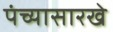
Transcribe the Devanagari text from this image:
पंच्यासारखे